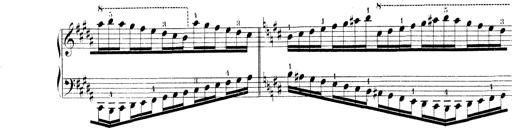
Title: Technische Studien
Composer: Franz Liszt